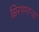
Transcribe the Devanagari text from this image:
झिरपणाऱ्या